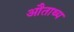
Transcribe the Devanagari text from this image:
औताथ्य